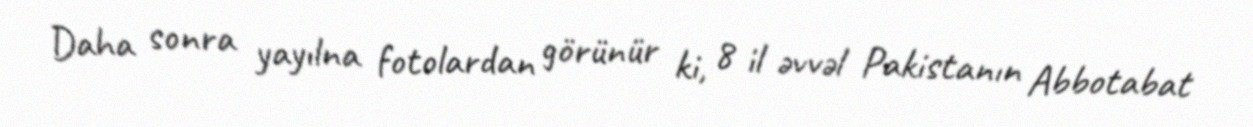
Daha sonra yayılna fotolardan görünür ki, 8 il əvvəl Pakistanın Abbotabat